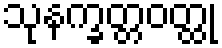
သုနက္ခတ္တဝတ္ထု